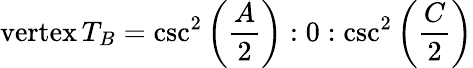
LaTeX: {\mathrm{vertex}}\, T_{B}=\csc^{2}\left({\frac{A}{2}}\right):0:\csc^{2}\left({\frac{C}{2}}\right)